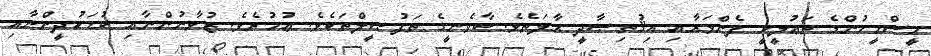
މީސްމީހުންގެ ތަޢުލީމީ ފެންވަރާއި އިޤުތިޞާދީ ޙާލަތެވެ. ކާވެނީގެ ތަފުޞީލްތަކެވެ. ޢުމުރެވެ. ޒުވާނުންނާއި ކުޑަކުދީންނާއި